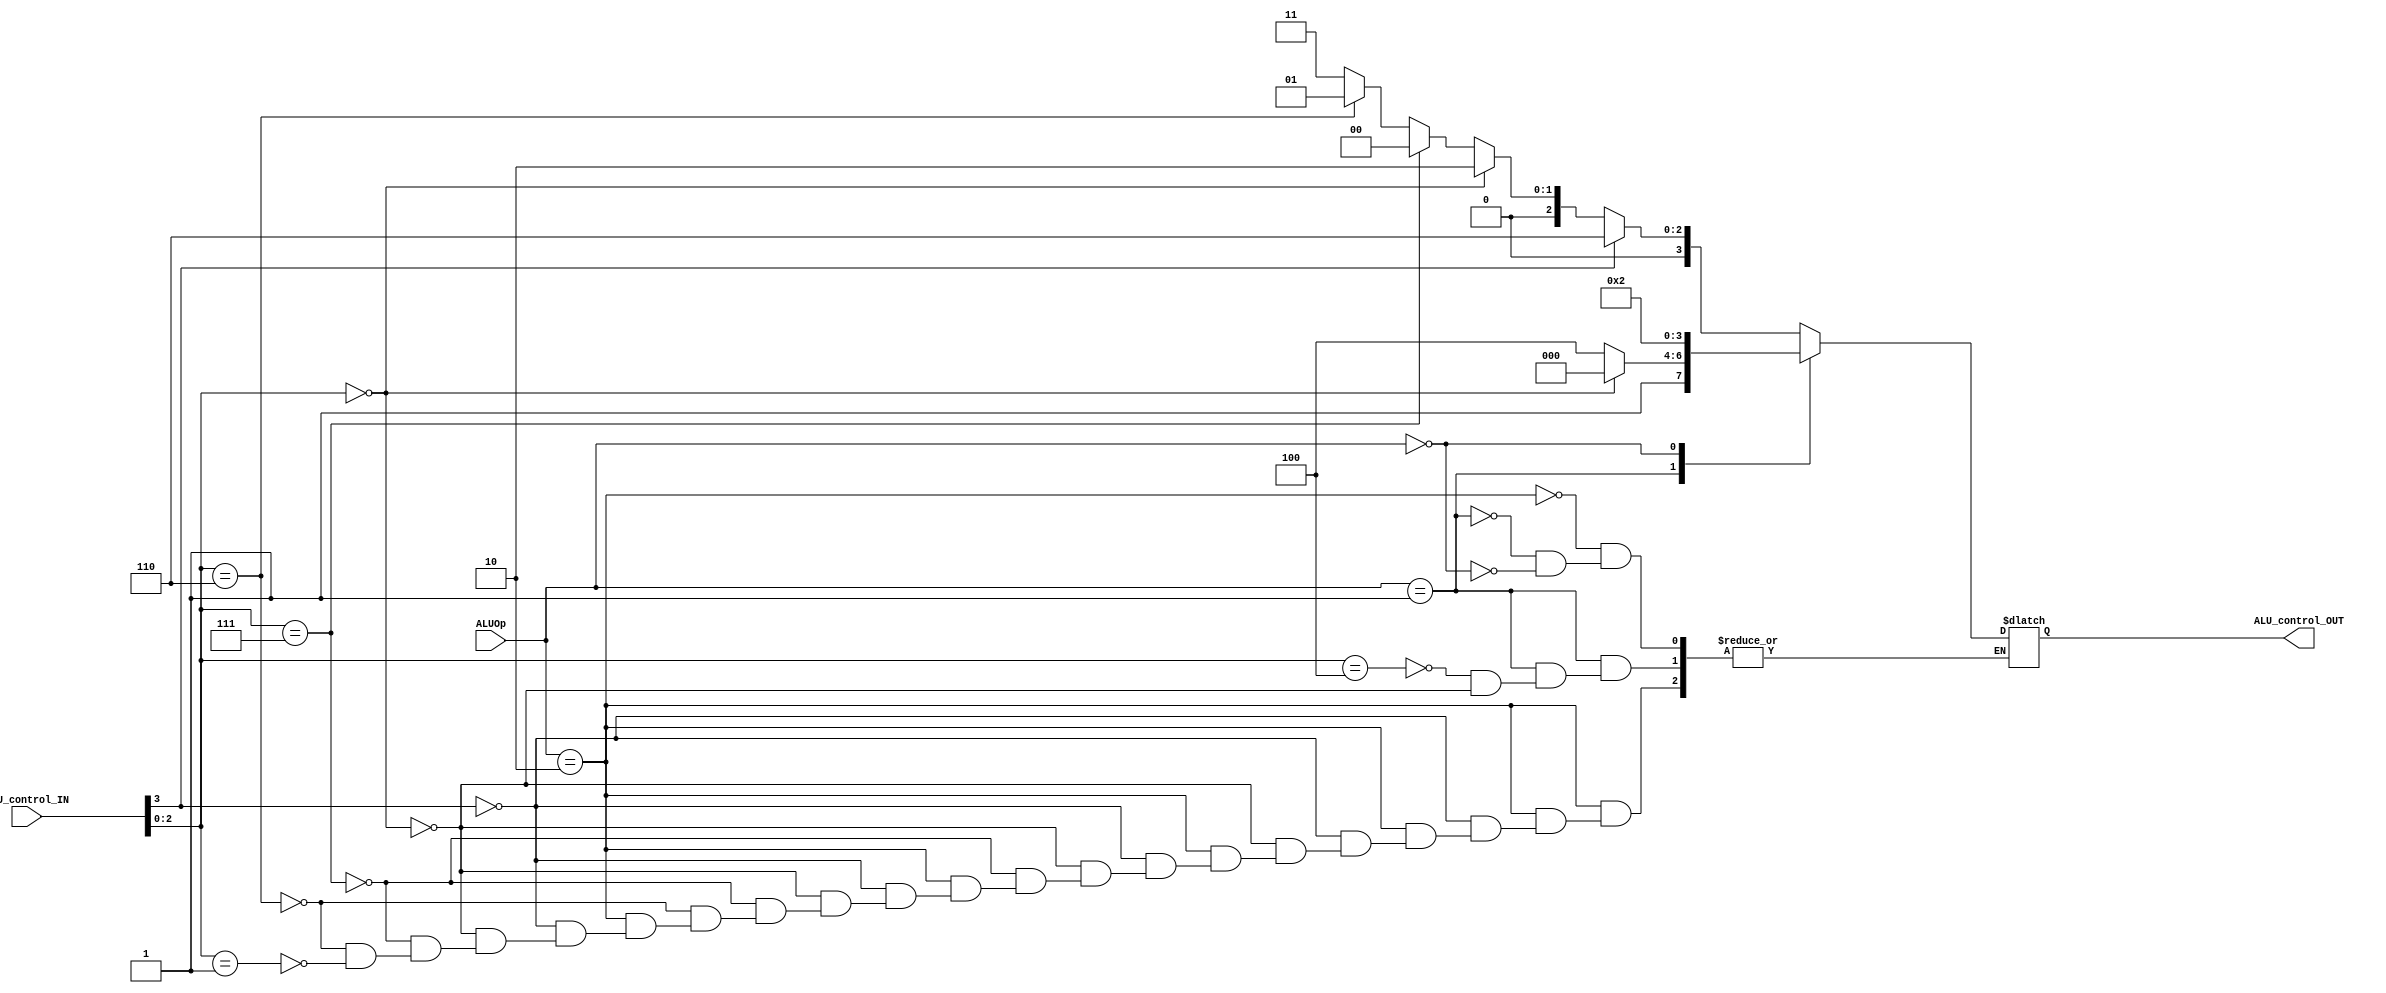
module ALUcontrol(ALUOp, ALU_control_IN, ALU_control_OUT);

input [1:0] ALUOp;
input [3:0] ALU_control_IN;

wire [2:0]fun3;
wire fun7;
output reg [3:0] ALU_control_OUT;

assign fun3 = ALU_control_IN[2:0];
assign fun7 = ALU_control_IN[3];

always @(*) begin
    case(ALUOp)
    2'b10: begin
        if(fun7 == 1'b1) ALU_control_OUT = 4'b0110; // SUB
        else if(fun3 == 3'b0) ALU_control_OUT = 4'b0010; // ADD
        else if(fun3 == 3'b111) ALU_control_OUT = 4'b0000; // AND
        else if(fun3 == 3'b110) ALU_control_OUT = 4'b0001; // OR
        else if (fun3 == 3'b001) ALU_control_OUT = 4'b0011; // SLLi
    end
    2'b01:begin
        case(fun3)
            3'b100: ALU_control_OUT = 4'b1100;
            3'b000: ALU_control_OUT = 4'b1000;
        endcase
    end
        
    2'b00:ALU_control_OUT = 4'b0010; 
    endcase
    
end

endmodule